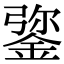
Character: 𨧮